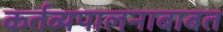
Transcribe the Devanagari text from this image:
कर्तव्यपालनाबाबत